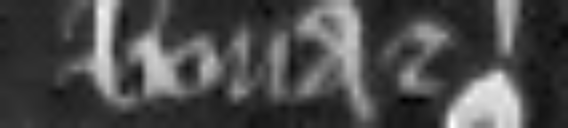
bona et